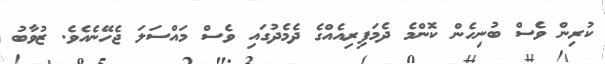
ކުރިން ވެސް ބުނިހެން ކޮންމެ ދެމަފިރިއެއްގެ ދެމެދުގައި ވެސް މައްސަލަ ޖެހޭނެއެވެ. ޒުވާބު